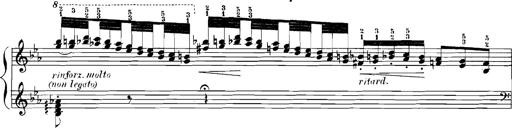
Title: Rhapsodies hongroises
Composer: Franz Liszt